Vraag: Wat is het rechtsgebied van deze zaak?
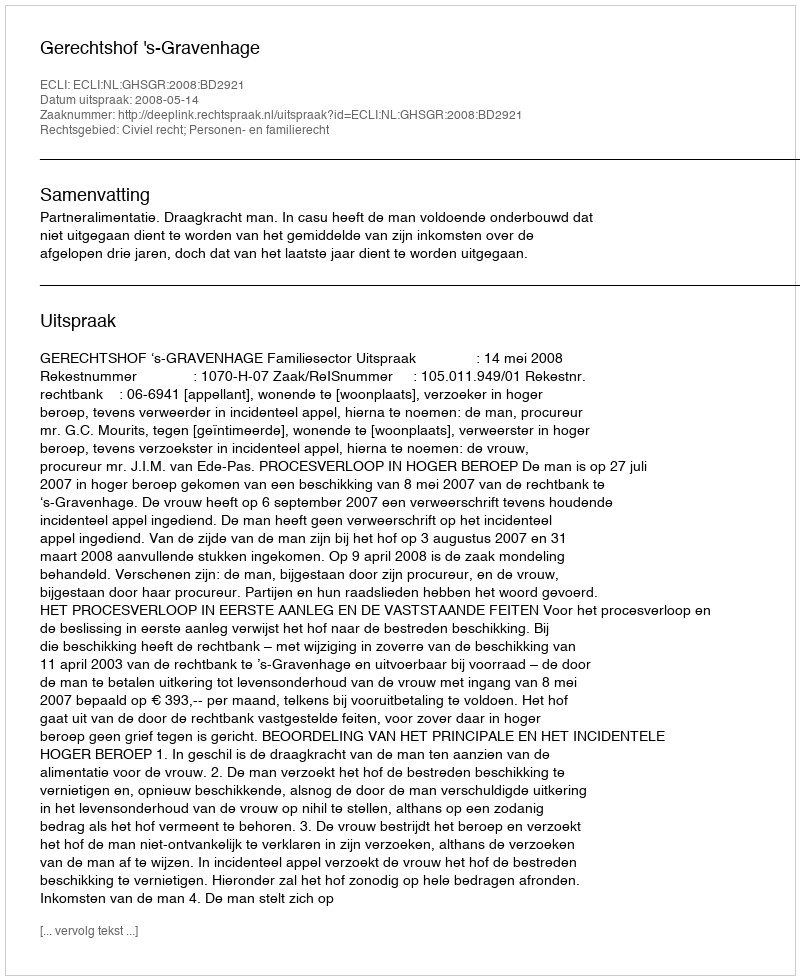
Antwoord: Civiel recht; Personen- en familierecht